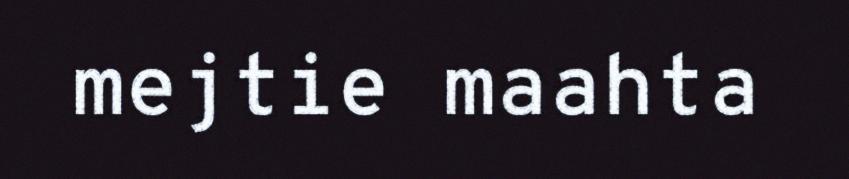
mejtie maahta